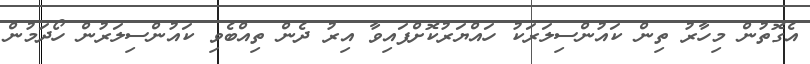
އެގޮތުން މިހާރު ތިން ކައުންސިލަރަކު ހައްޔަރުކޮށްފައިވާ އިރު ދެން ތިއްބެވި ކައުންސިލަރުން ހޯދަމުން